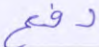
دفع